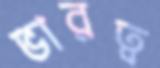
ভারত্ব